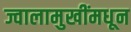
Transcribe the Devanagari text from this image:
ज्वालामुखींमधून